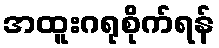
အထူးဂရုစိုက်ရန်